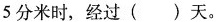
5分米时，经过（）天。